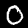
Label: 0